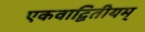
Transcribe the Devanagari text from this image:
एकवाद्वितीयम्